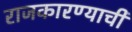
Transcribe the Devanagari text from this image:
राजकारण्याची